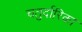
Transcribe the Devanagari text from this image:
चतुर्दारिका